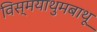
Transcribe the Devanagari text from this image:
विस्मयाथुमबाथू